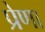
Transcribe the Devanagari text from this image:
प्रेणा